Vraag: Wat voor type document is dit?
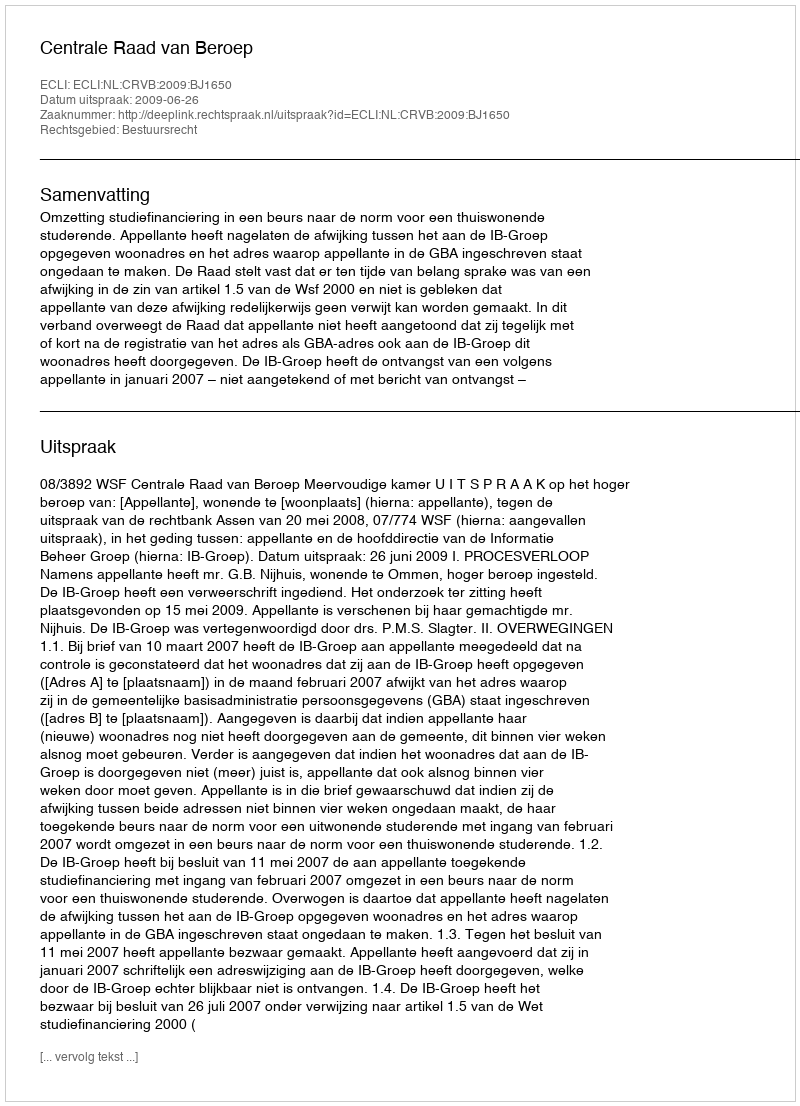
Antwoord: Uitspraak